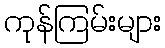
ကုန်ကြမ်းများ